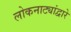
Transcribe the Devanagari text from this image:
लोकनाट्यांद्वारे